Annual report on the working of the lock hospitals in the Central Provinces
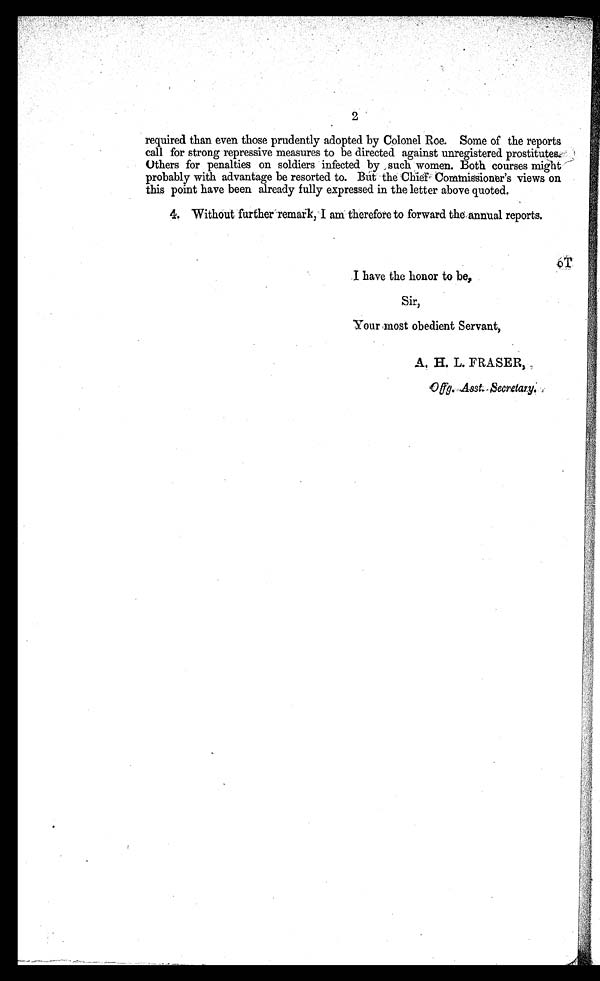
2
required than even those prudently adopted by Colonel Roe. Some of the reports
call for strong repressive measures to be directed against unregistered prostitutes.
Others for penalties on soldiers infected by such women. Both courses might
probably with advantage be resorted to. But the Chief Commissioner's views on
this point have been already fully expressed in the letter above quoted.
4. Without further remark, I am therefore to forward the annual reports. O T
I have the honor to be,
Sir,
Your most obedient Servant,
A. H. L. FRASER,